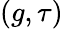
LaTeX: (g,\tau)